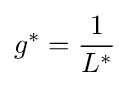
g^{*}={\frac {1}{L^{*}}}